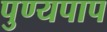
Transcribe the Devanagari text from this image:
पुण्यपाप